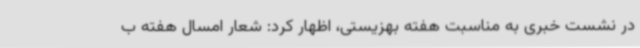
در نشست خبری به مناسبت هفته بهزیستی، اظهار کرد: شعار امسال هفته ب